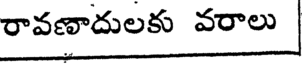
రావణాదులకు వరాలు